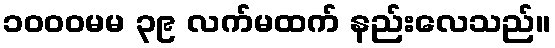
၁၀၀၀မမ ၃၉ လက်မထက် နည်းလေသည်။